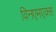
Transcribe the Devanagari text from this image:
विनएमएक्स